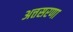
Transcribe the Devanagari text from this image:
अत्तसरणा